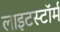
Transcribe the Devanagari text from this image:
लाइटस्टॉर्म